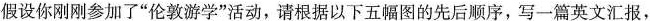
假设你刚刚参加了"伦敦游学"活动,请根据以下五幅图的先后顺序,写一篇英文汇报,